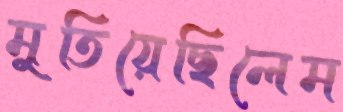
মুতিয়েছিলেম